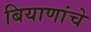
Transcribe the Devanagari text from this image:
बियाणांचे